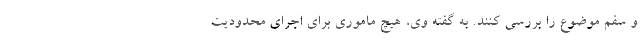
و سقم موضوع را بررسی کنند. به گفته وی، هیچ ماموری برای اجرای محدودیت